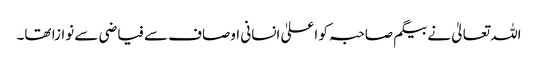
اللہ تعالیٰ نے بیگم صاحبہ کو اعلیٰ انسانی اوصاف سے فیاضی سے نوازا تھا۔